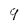
Character: 9